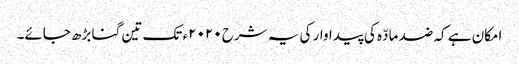
امکان ہے کہ ضد مادّہ کی پیداوار کی یہ شرح ٢٠٢٠ء تک تین گنا بڑھ جائے۔